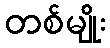
တစ်မျိုး